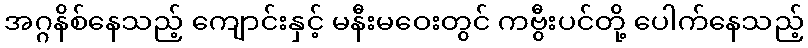
အဂ္ဂနိစ်နေသည့် ကျောင်းနှင့် မနီးမဝေးတွင် ကဗွီးပင်တို့ ပေါက်နေသည့်